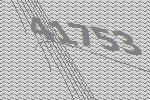
41753